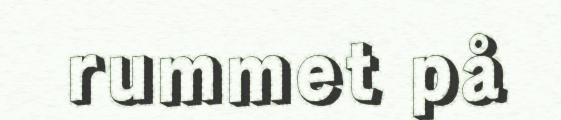
rummet på